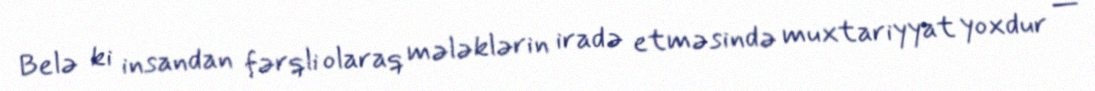
Belə ki insandan fərqli olaraq mələklərin iradə etməsində muxtariyyat yoxdur —